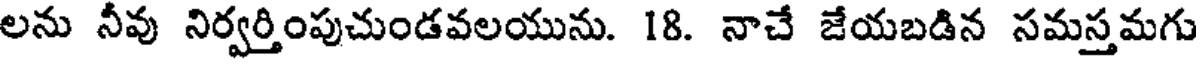
లను నీవు నిర్వర్తింపుచుండవలయును. 18. నాచే జేయబడిన సమస్తమగు